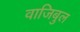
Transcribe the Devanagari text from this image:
वाजिबुल